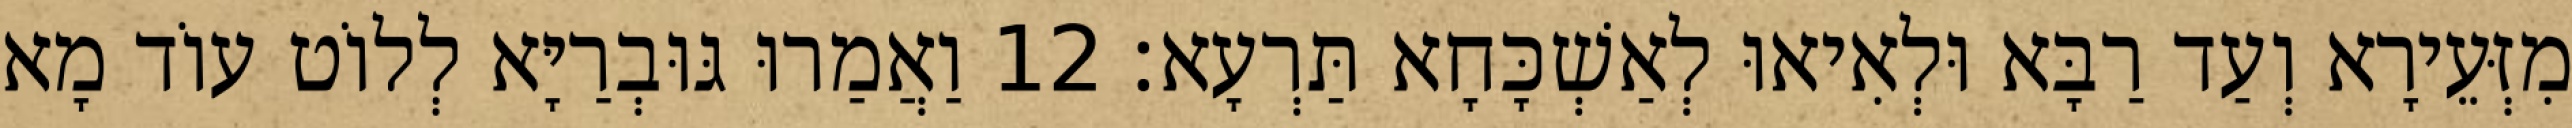
מִזְּעֵירָא וְעַד רַבָּא וּלְאִיאוּ לְאַשְׁכָּחָא תַּרְעָא׃ 12 וַאֲמַרוּ גּוּבְרַיָּא לְלוֹט עוֹד מָא